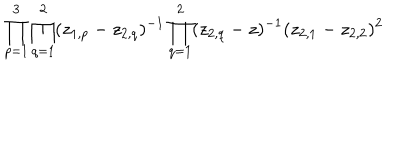
LaTeX: \prod _ { p = 1 } ^ { 3 } \prod _ { q = 1 } ^ { 2 } ( z _ { 1 , p } - z _ { 2 , q } ) ^ { - 1 } \prod _ { q = 1 } ^ { 2 } ( z _ { 2 , q } - z ) ^ { - 1 } ( z _ { 2 , 1 } - z _ { 2 , 2 } ) ^ { 2 }